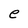
Character: e